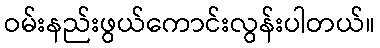
ဝမ်းနည်းဖွယ်ကောင်းလွန်းပါတယ်။